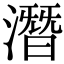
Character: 潛